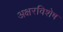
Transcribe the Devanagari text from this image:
अक्षरविशेष